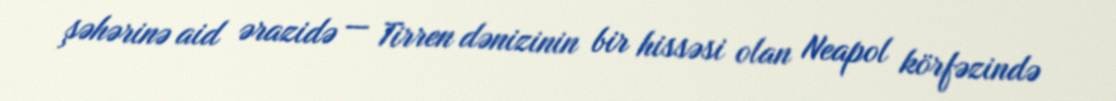
şəhərinə aid ərazidə — Tirren dənizinin bir hissəsi olan Neapol körfəzində